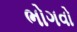
ભોગવો